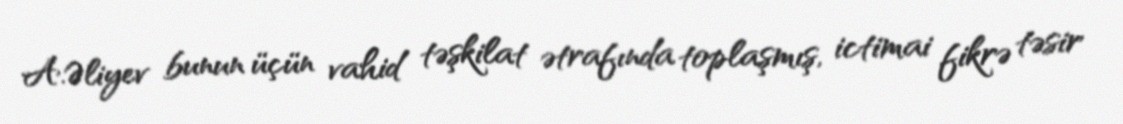
A.Əliyev bunun üçün vahid təşkilat ətrafında toplaşmış, ictimai fikrə təsir